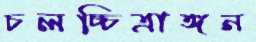
চলচ্চিত্রাঙ্গন